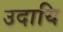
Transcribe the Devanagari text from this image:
उदायि